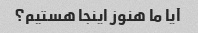
آیا ما هنوز اینجا هستیم؟